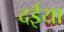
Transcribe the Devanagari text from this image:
दईया